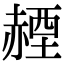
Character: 𧹬